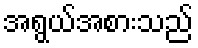
အရွယ်အစားသည်